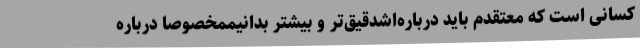
کسانی است که معتقدم باید درباره‌اشدقیق‌تر و بیشتر بدانیممخصوصا درباره